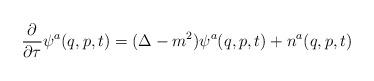
LaTeX: \begin{align*}\frac{\partial }{\partial \tau}\psi^a(q,p,t)=(\Delta-m^2)\psi^a(q,p,t) +n^a(q,p,t)\end{align*}